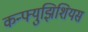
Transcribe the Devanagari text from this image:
कन्फ्युझिशियस